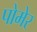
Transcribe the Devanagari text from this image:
पोमेर